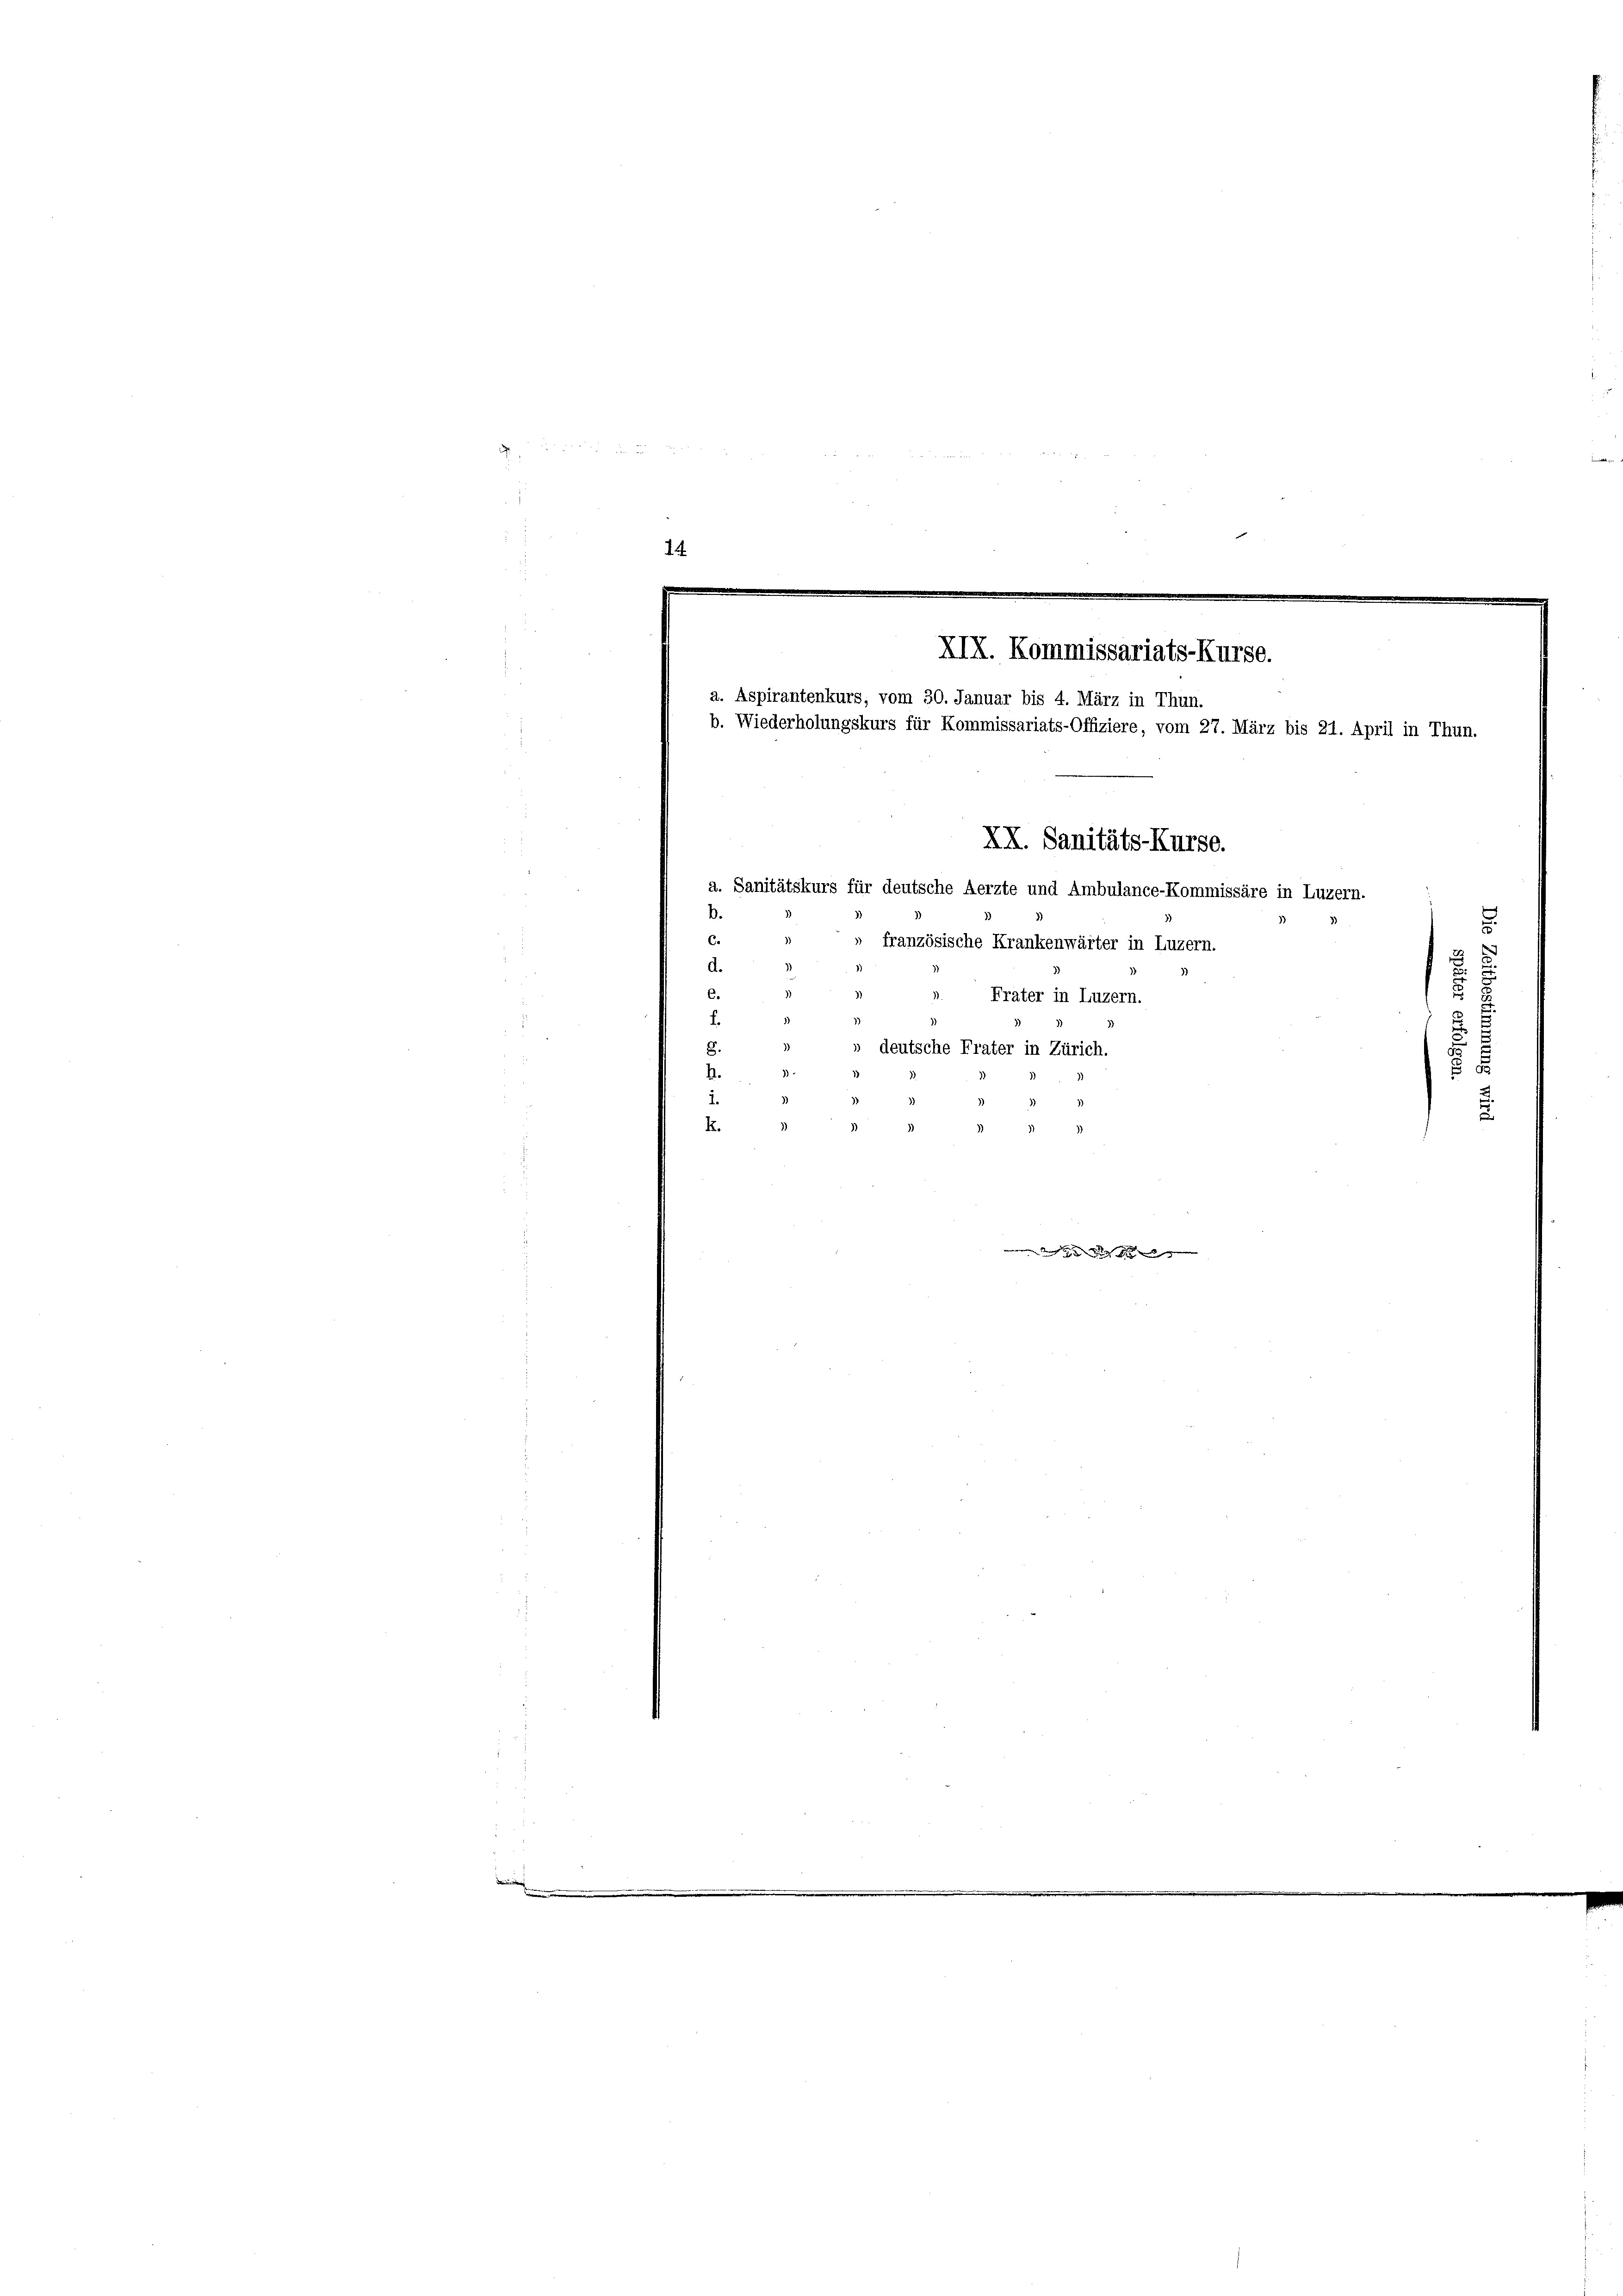
2 000
 2

e
14
XIX. Kommissariats-Kurse.
a. Aspirantenkurs, vom 30. Januar bis 4. März in Thun.
b. Wiederholungskurs für Kommissariats-Offiziere, vom 27. März bis 21. April in Thun.
XX. Sanitäts-Kurse.
a. Sanitätskurs für deutsche Aerzte und Ambulance-Kommissäre in Luzern.
B.

c.
d.
C. S
)
f.

» französische Krankenwärter in Luzern.
». Frater in Luzern.
8.
 deutsche Frater in Zürich.
1)
h.
)
)
K.

u
.